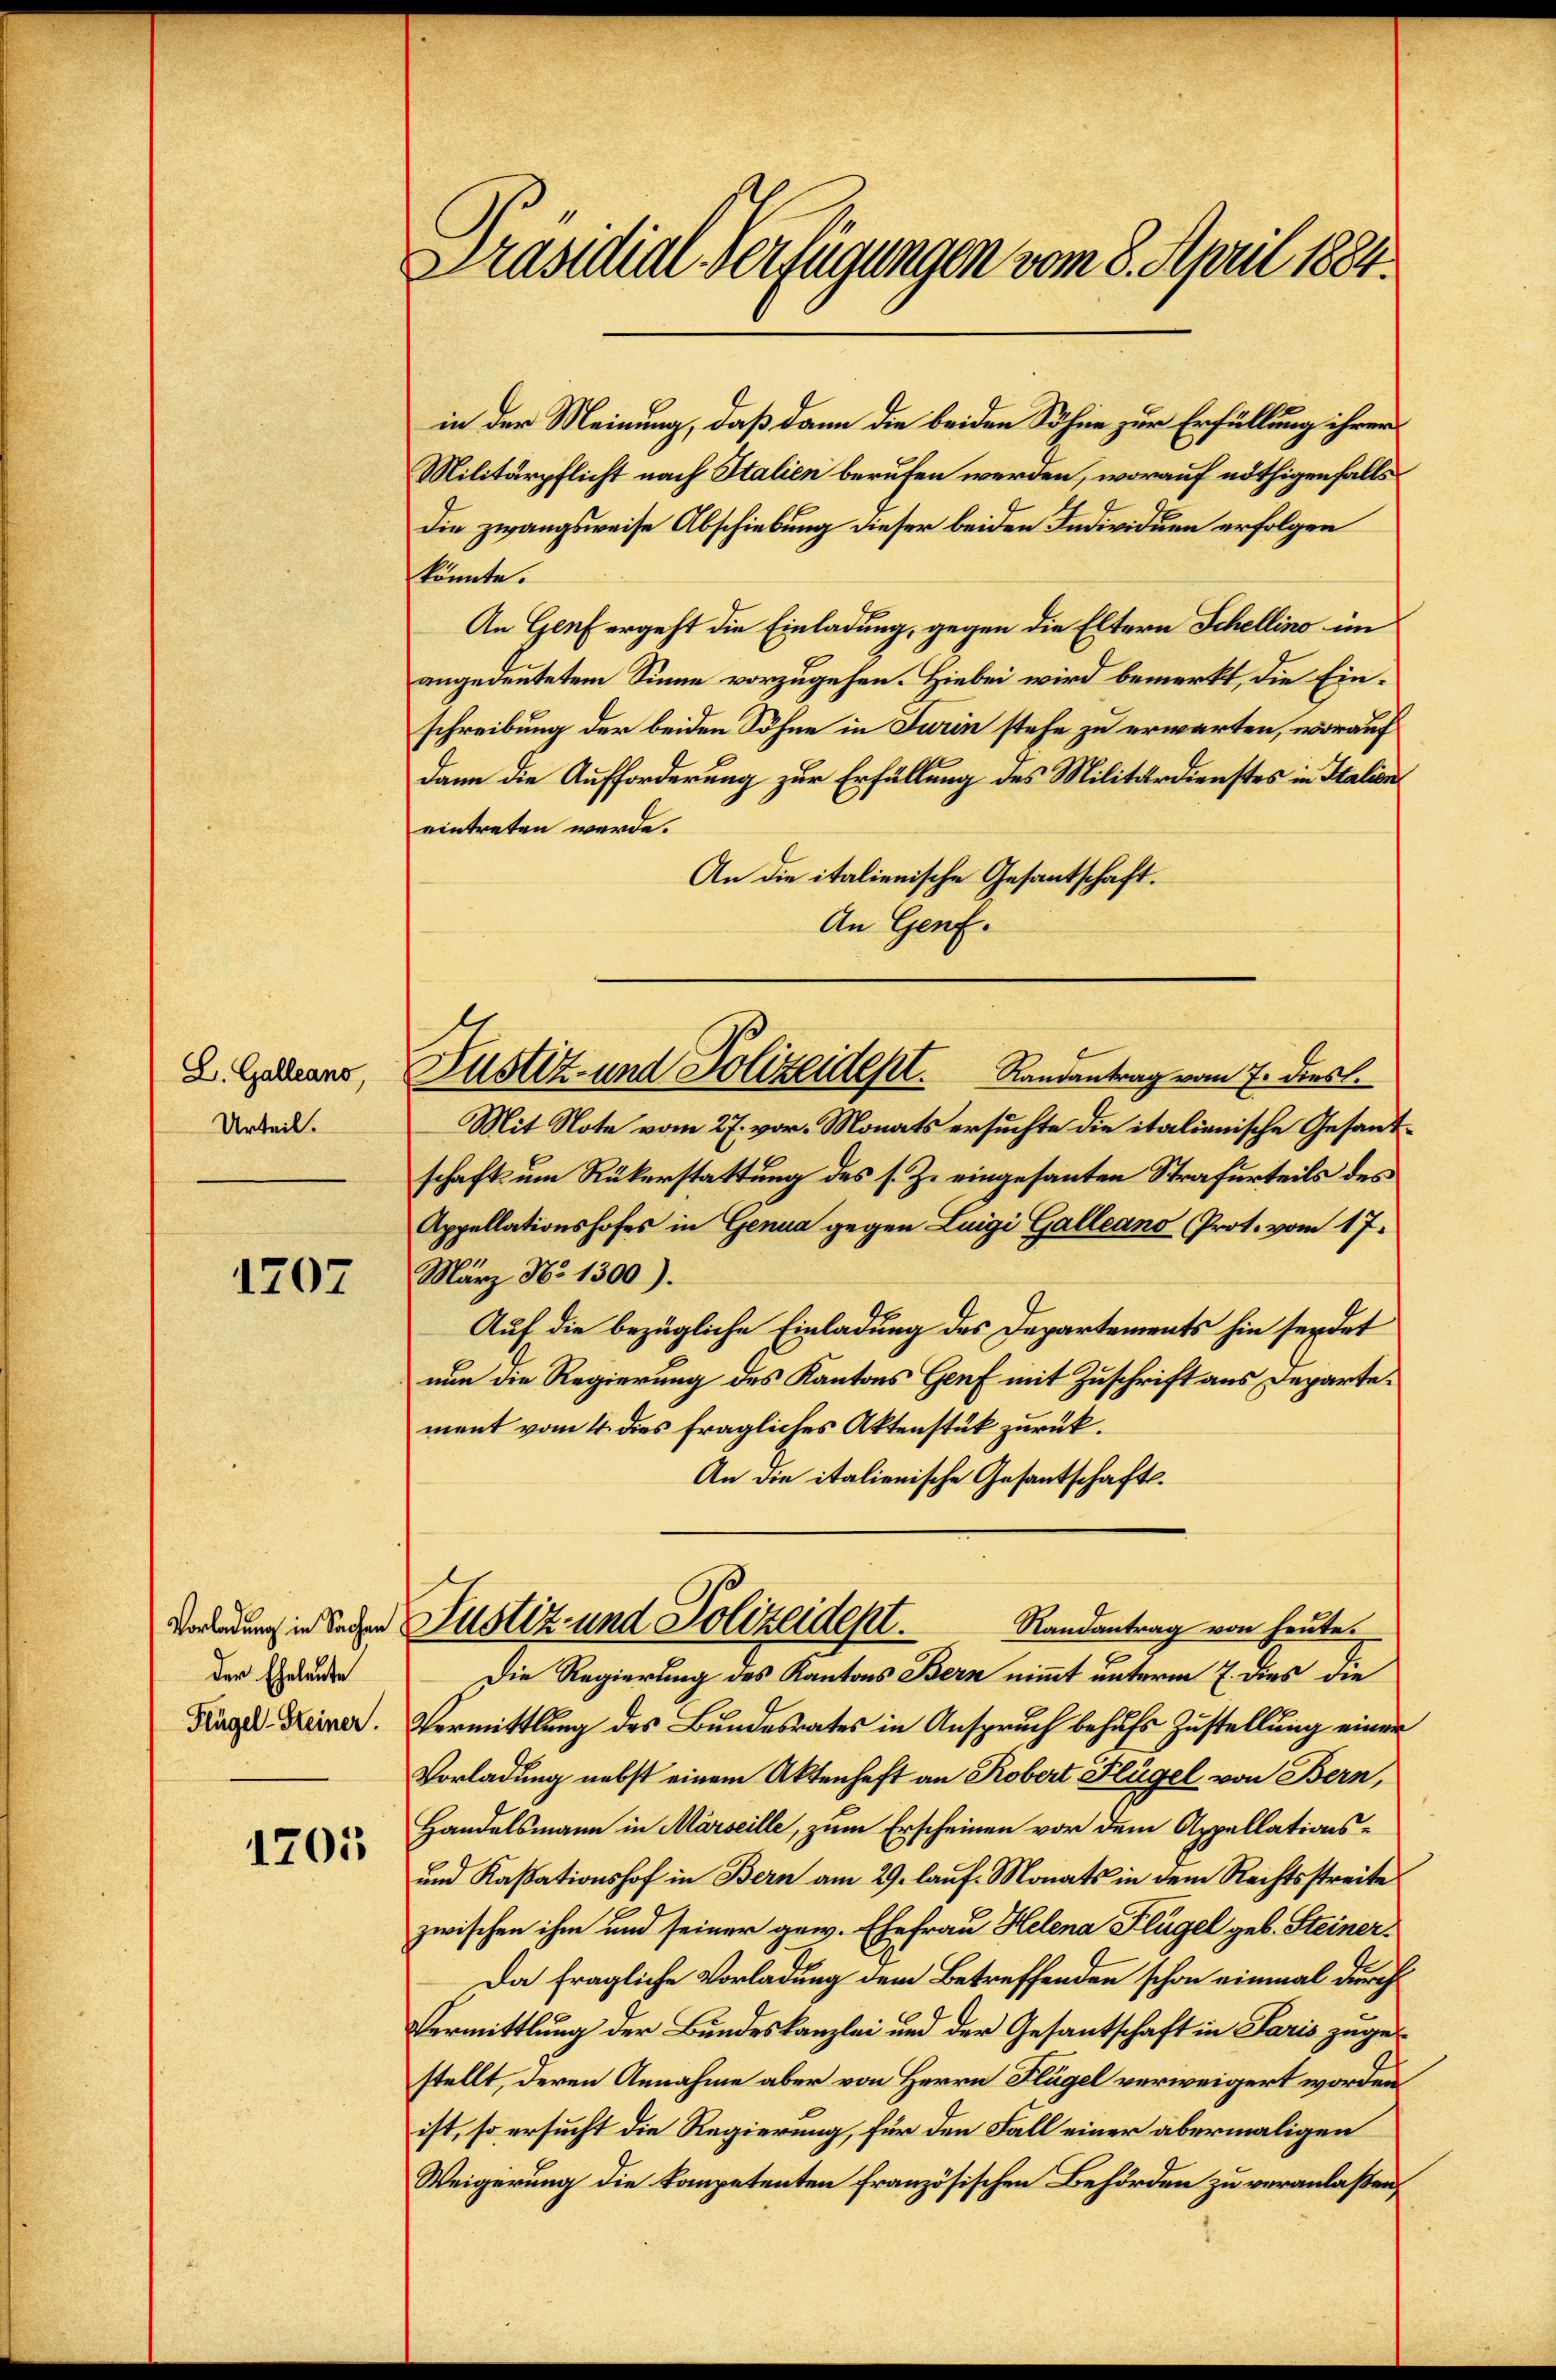
L. Galleans,
Urteil.

1707

Vorladung in Sachen
der Eheleute
Flügel-Steiner.

1205

Präsidial-Verfügungen vom 8. April 1884.

in der Meinung, daß dann die beiden Söhne zur Erfüllung ihrer
Militärpflicht nach Italien berufen werden, worauf nöthigenfalls
die zwangsweise Abschiebung dieser beiden Individuen erfolgen
könnte.
An Genf ergeht die Einladung, gegen die Eltern Schellino im
angedeutetem Sinne vorzugehen. Hiebei wird bemerkt, die Einschreibung der beiden Söhne in Turin stehe zu erwarten, worauf
dann die Aufforderung zur Erfüllung des Militärdienstes in Italien
eintreten werde.
An die italienische Gesantschaft.
An Genf.
Mit Note vom 27. vor. Monats ersuchte die italienische Gesandschaft um Rükerstattung des s. Z. eingesanten Strafurteils des
Appellationshofes in Genua gegen Luigi Galleano Prot. vom 17.
März No 1300).
Auf die bezügliche Einladung des Departements hin serdet
nun die Regierung des Kantons Genf mit Zuschrift aus Departement vom 4. dies fragliches Aktenstük zurück.
An die italienische Gesantschafts¬
Justiz und Polizeidept.
Randantrag von heute.
Die Regierung des Kantons Bern nimmt unterm 7. dies die
Vermittlung des Bundesrates in Anspruch behufs Zustellung einer
Vorladung nebst einem Aktenhaft an Kobert Flügel von Bern,
Handelsmann in Marseille, zum Erscheinen vor dem Appellations¬
und Kassationshof in Bern am 29. lauf. Monats in dem Rechtsstreite
zwischen ihm und seiner gew. Ehefrau Helena Flügel geb. Steiner-
Da fragliche Vorladung dem Betreffenden schon einmal durch
Vermittlung der Bundeskanzlei und der Gesantschaft in Paris zugestellt, deren Annahme aber von Herrn Flügel verweigert worden
ist, so ersucht die Regierung, für den Fall einer abermaligen
Weigerung die kompetenten französischen Behörden zu veranlaßen,

Justiz- und Polizeidept. Randantrag vom 7. diest.